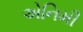
એનિમી